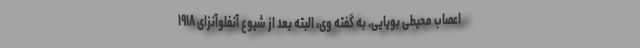
اعصاب محیطی بویایی. به گفته وی، البته بعد از شیوع آنفلوآنزای ۱۹۱۸